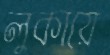
লুকায়ে